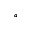
^ { \circ }